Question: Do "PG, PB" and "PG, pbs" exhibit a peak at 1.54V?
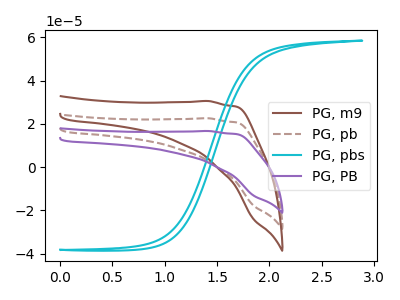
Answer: <think>The brown curve "PG, m9" has no peaks. The brown dashed curve "PG, pb" has no peaks. The cyan curve "PG, pbs" has no peaks. The purple curve "PG, PB" has no peaks.</think>
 <answer>No, "PG, PB" and "PG, pbs" dont share a peak at 1.54V.</answer>
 <eval>mismatch</eval>